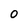
Character: O